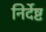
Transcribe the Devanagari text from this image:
निर्देष्ट